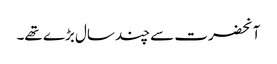
آنحضرت سے چند سال بڑے تھے۔